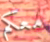
معكم